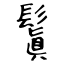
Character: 鬒